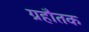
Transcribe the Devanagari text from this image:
ग्रहौतक